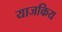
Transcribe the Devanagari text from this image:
याजकिय